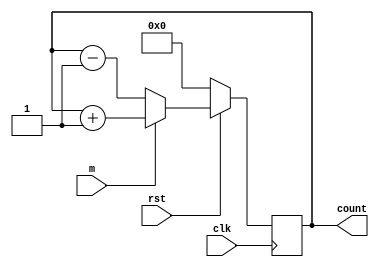
module updowncounter_nbit #(parameter n=4)
(	input clk,rst,m,
	output reg [n-1:0]count);

always @(posedge clk)
begin
	if(!rst)
		count <= {n{1'b0}};
	else if (m)
		count <= count + 1'b1;
	else
		count <= count - 1'b1;
end

endmodule